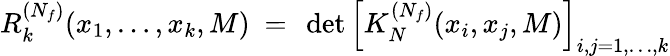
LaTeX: R_{k}^{(N_{f})}(x_{1},\ldots,x_{k},M)\ =\ \operatorname*{det}\left[K_{N}^{(N_{f})}(x_{i},x_{j},M)\right]_{i,j=1,\ldots,k}